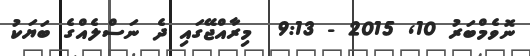
ނޮވެމްބަރު 10